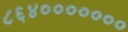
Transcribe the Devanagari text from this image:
८६४०००००००